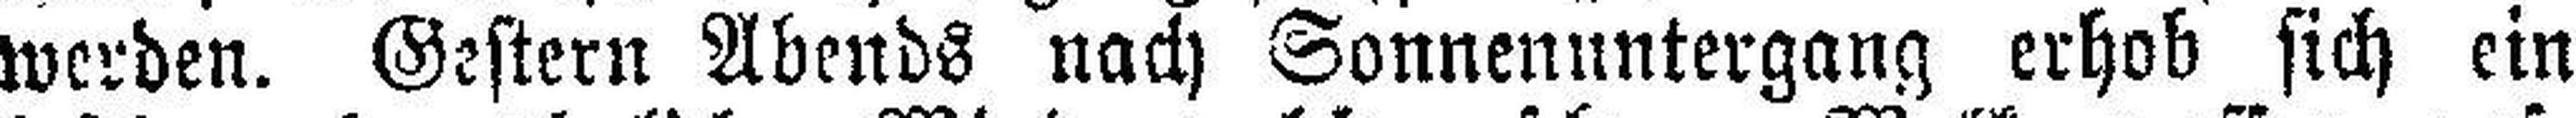
werden. Gestern Abends nach Sonnenuntergang erhob sich ein